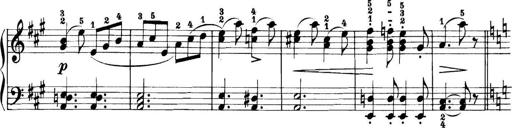
Title: 11 Sonatinas
Composer: Anton Diabelli